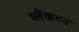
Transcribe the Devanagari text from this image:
प्लैंकटन